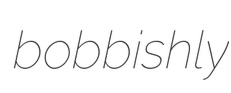
bobbishly